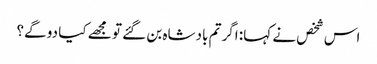
اس شخص نے کہا: اگر تم بادشاہ بن گئے تو مجھے کیا دو گے؟